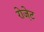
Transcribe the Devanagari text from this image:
रोजे़ट